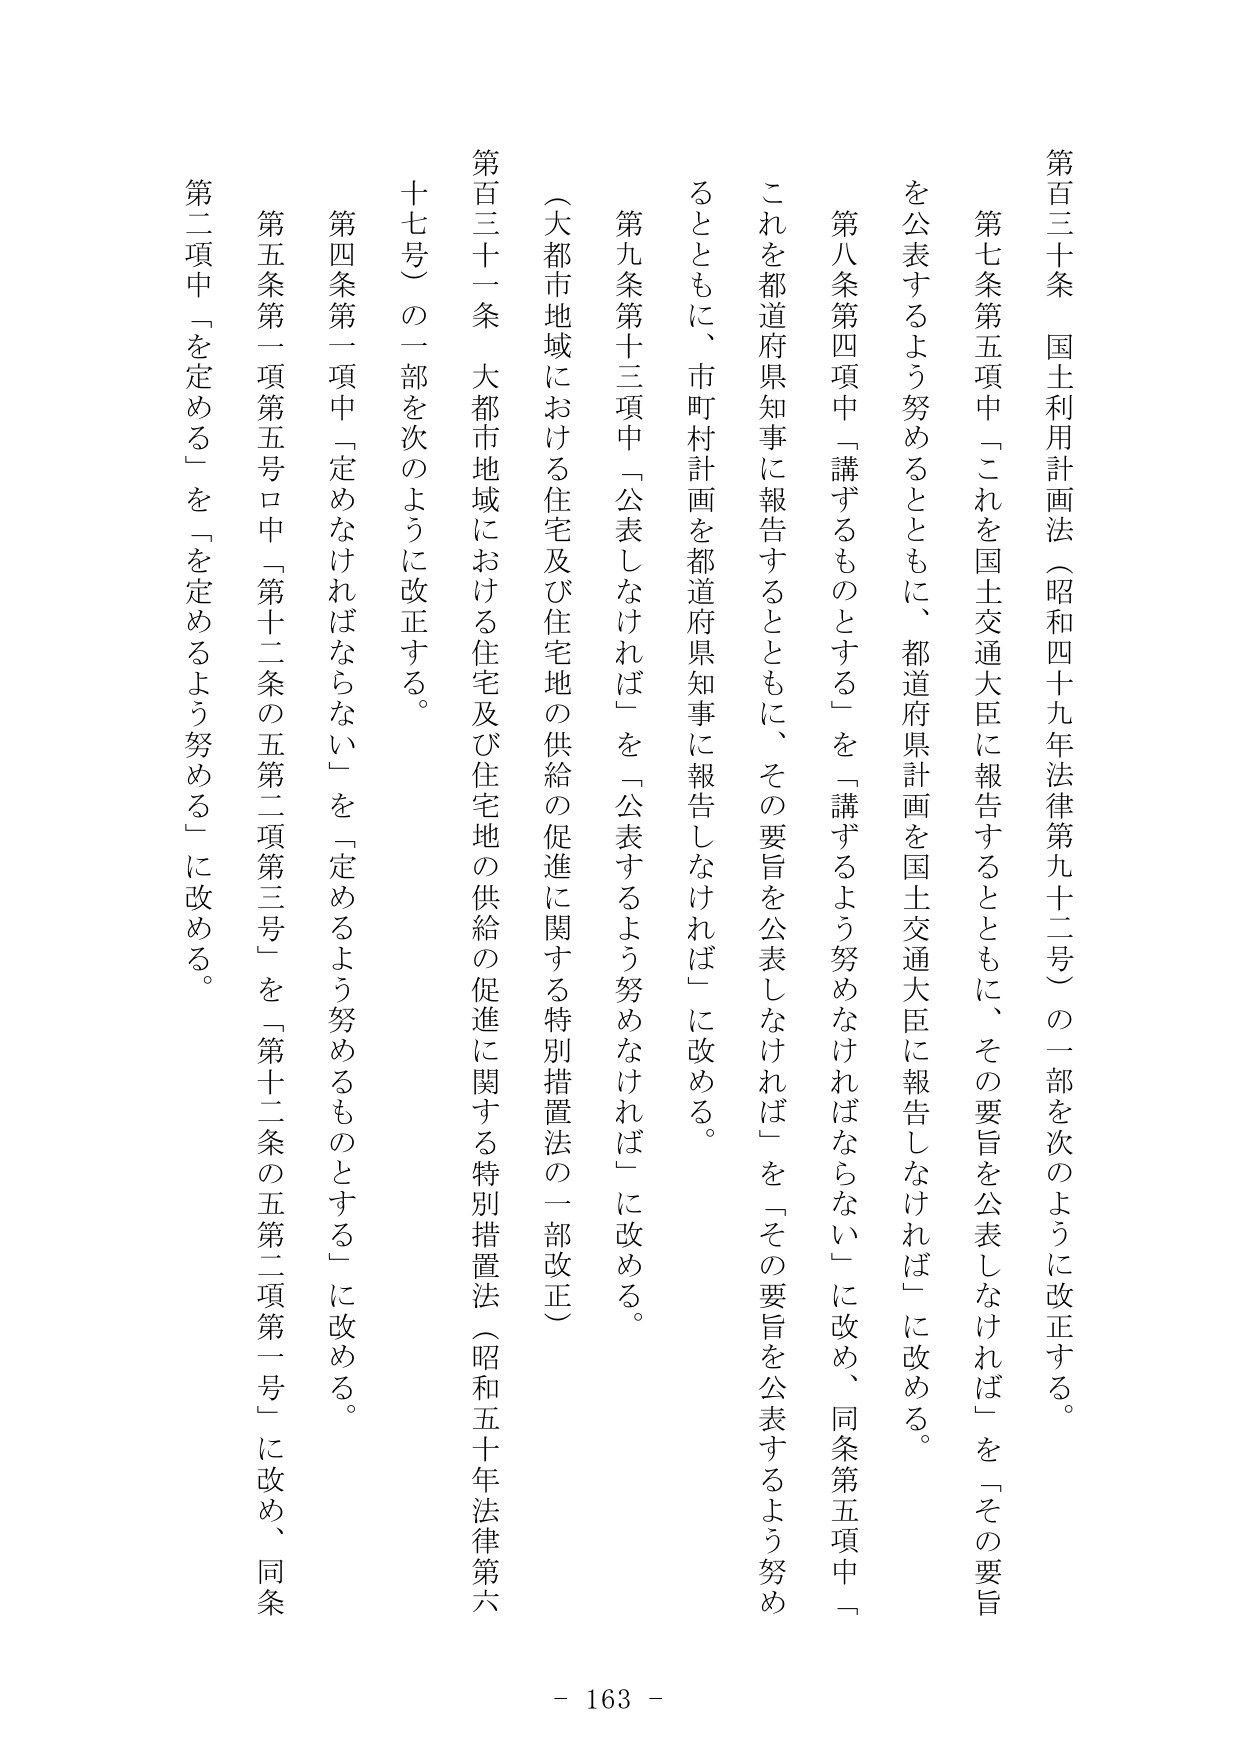
第百三十条　国土利用計画法（昭和四十九年法律第九十二号）の一部を次のように改正する。

第七条第五項中「これを国土交通大臣に報告するとともに、その要旨を公表しなければ」を「その要旨を公表するよう努めるとともに、都道府県計画を国土交通大臣に報告しなければ」に改める。

第八条第四項中「講ずるものとする」を「講ずるよう努めなければならない」に改め、同条第五項中「これを都道府県知事に報告するとともに、その要旨を公表しなければ」を「その要旨を公表するよう努めるとともに、市町村計画を都道府県知事に報告しなければ」に改める。

第九条第十三項中「公表しなければ」を「公表するよう努めなければならない」に改める。

（大都市地域における住宅及び住宅地の供給の促進に関する特別措置法の一部改正）

第百三十一条　大都市地域における住宅及び住宅地の供給の促進に関する特別措置法（昭和五十年法律第六十七号）の一部を次のように改正する。

第四条第一項中「定めなければならない」を「定めるよう努めるものとする」に改める。

第五条第一項第五号ロ中「第十二条の五第二項第三号」を「第十二条の五第二項第一号」に改め、同条第二項中「を定める」を「を定めるよう努める」に改める。

- 163 -